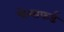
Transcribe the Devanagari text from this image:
चेम्सफर्ड